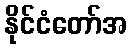
နိုင်ငံတော်အ